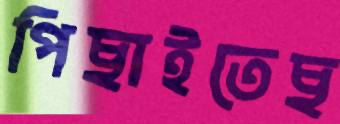
পিছাইতেছ